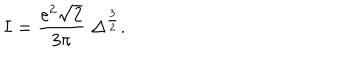
LaTeX: I = { \frac { e ^ { 2 } \sqrt { 2 } } { 3 \pi } } \; \Delta ^ { \frac { 3 } { 2 } } .